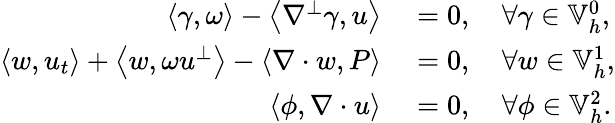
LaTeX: \begin{array}{rl}{\left\langle\gamma,\omega\right\rangle-\left\langle\nabla^{\perp}\gamma,u\right\rangle}&{{}=0,\quad\forall\gamma\in\mathbb{V}_{h}^{0},}\\ {\left\langle w,u_{t}\right\rangle+\left\langle w,\omega u^{\perp}\right\rangle-\left\langle\nabla\cdot w,P\right\rangle}&{{}=0,\quad\forall w\in\mathbb{V}_{h}^{1},}\\ {\left\langle\phi,\nabla\cdot u\right\rangle}&{{}=0,\quad\forall\phi\in\mathbb{V}_{h}^{2}.}\end{array}